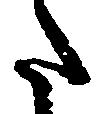
た